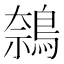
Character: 𬷝